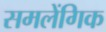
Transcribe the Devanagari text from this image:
समलेंगिक